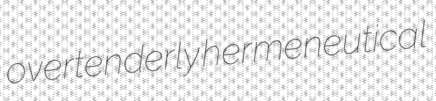
overtenderly hermeneutical